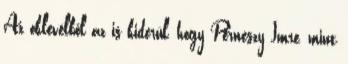
Az oklevélből az is kiderül, hogy Perneszy Imre, mint